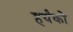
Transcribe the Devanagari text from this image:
हर्यंको